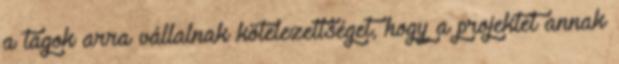
a tagok arra vállalnak kötelezettséget, hogy a projektet annak